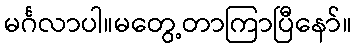
မင်္ဂလာပါ။မတွေ့တာကြာပြီနော်။